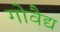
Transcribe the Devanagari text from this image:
गोवैद्य